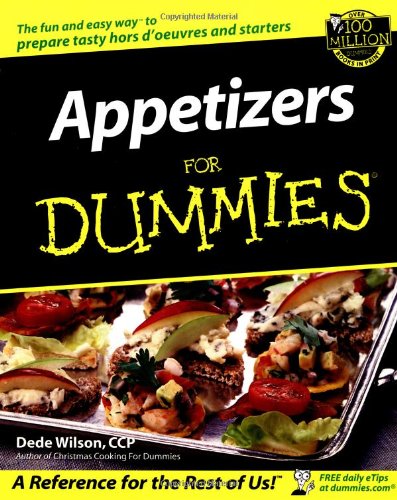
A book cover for Appetizers For Dummies; Dede Wilson; Cookbooks, Food & Wine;